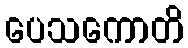
ပေသကောတိ